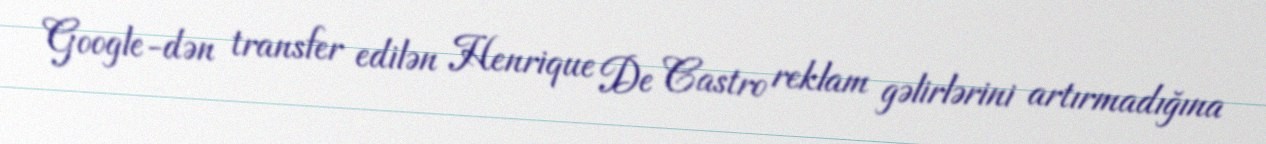
Google-dən transfer edilən Henrique De Castro reklam gəlirlərini artırmadığına